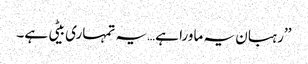
’’رہبان یہ ماورا ہے…یہ تمہاری بیٹی ہے۔